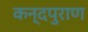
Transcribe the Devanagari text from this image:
कन्दपुराण